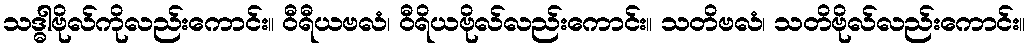
သဒ္ဓါဗိုလ်ကိုလည်းကောင်း။ ဝီရီယဗလံ၊ ဝီရိယဗိုလ်လည်းကောင်း။ သတိဗလံ၊ သတိဗိုလ်လည်းကောင်း။